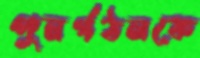
পুনর্গঠনকে